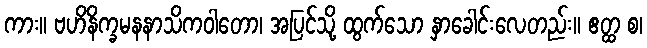
ကား။ ဗဟိနိက္ခမနနာသိကဝါတော၊ အပြင်သို့ ထွက်သော နှာခေါင်းလေတည်း။ ဧတ္ထ စ၊